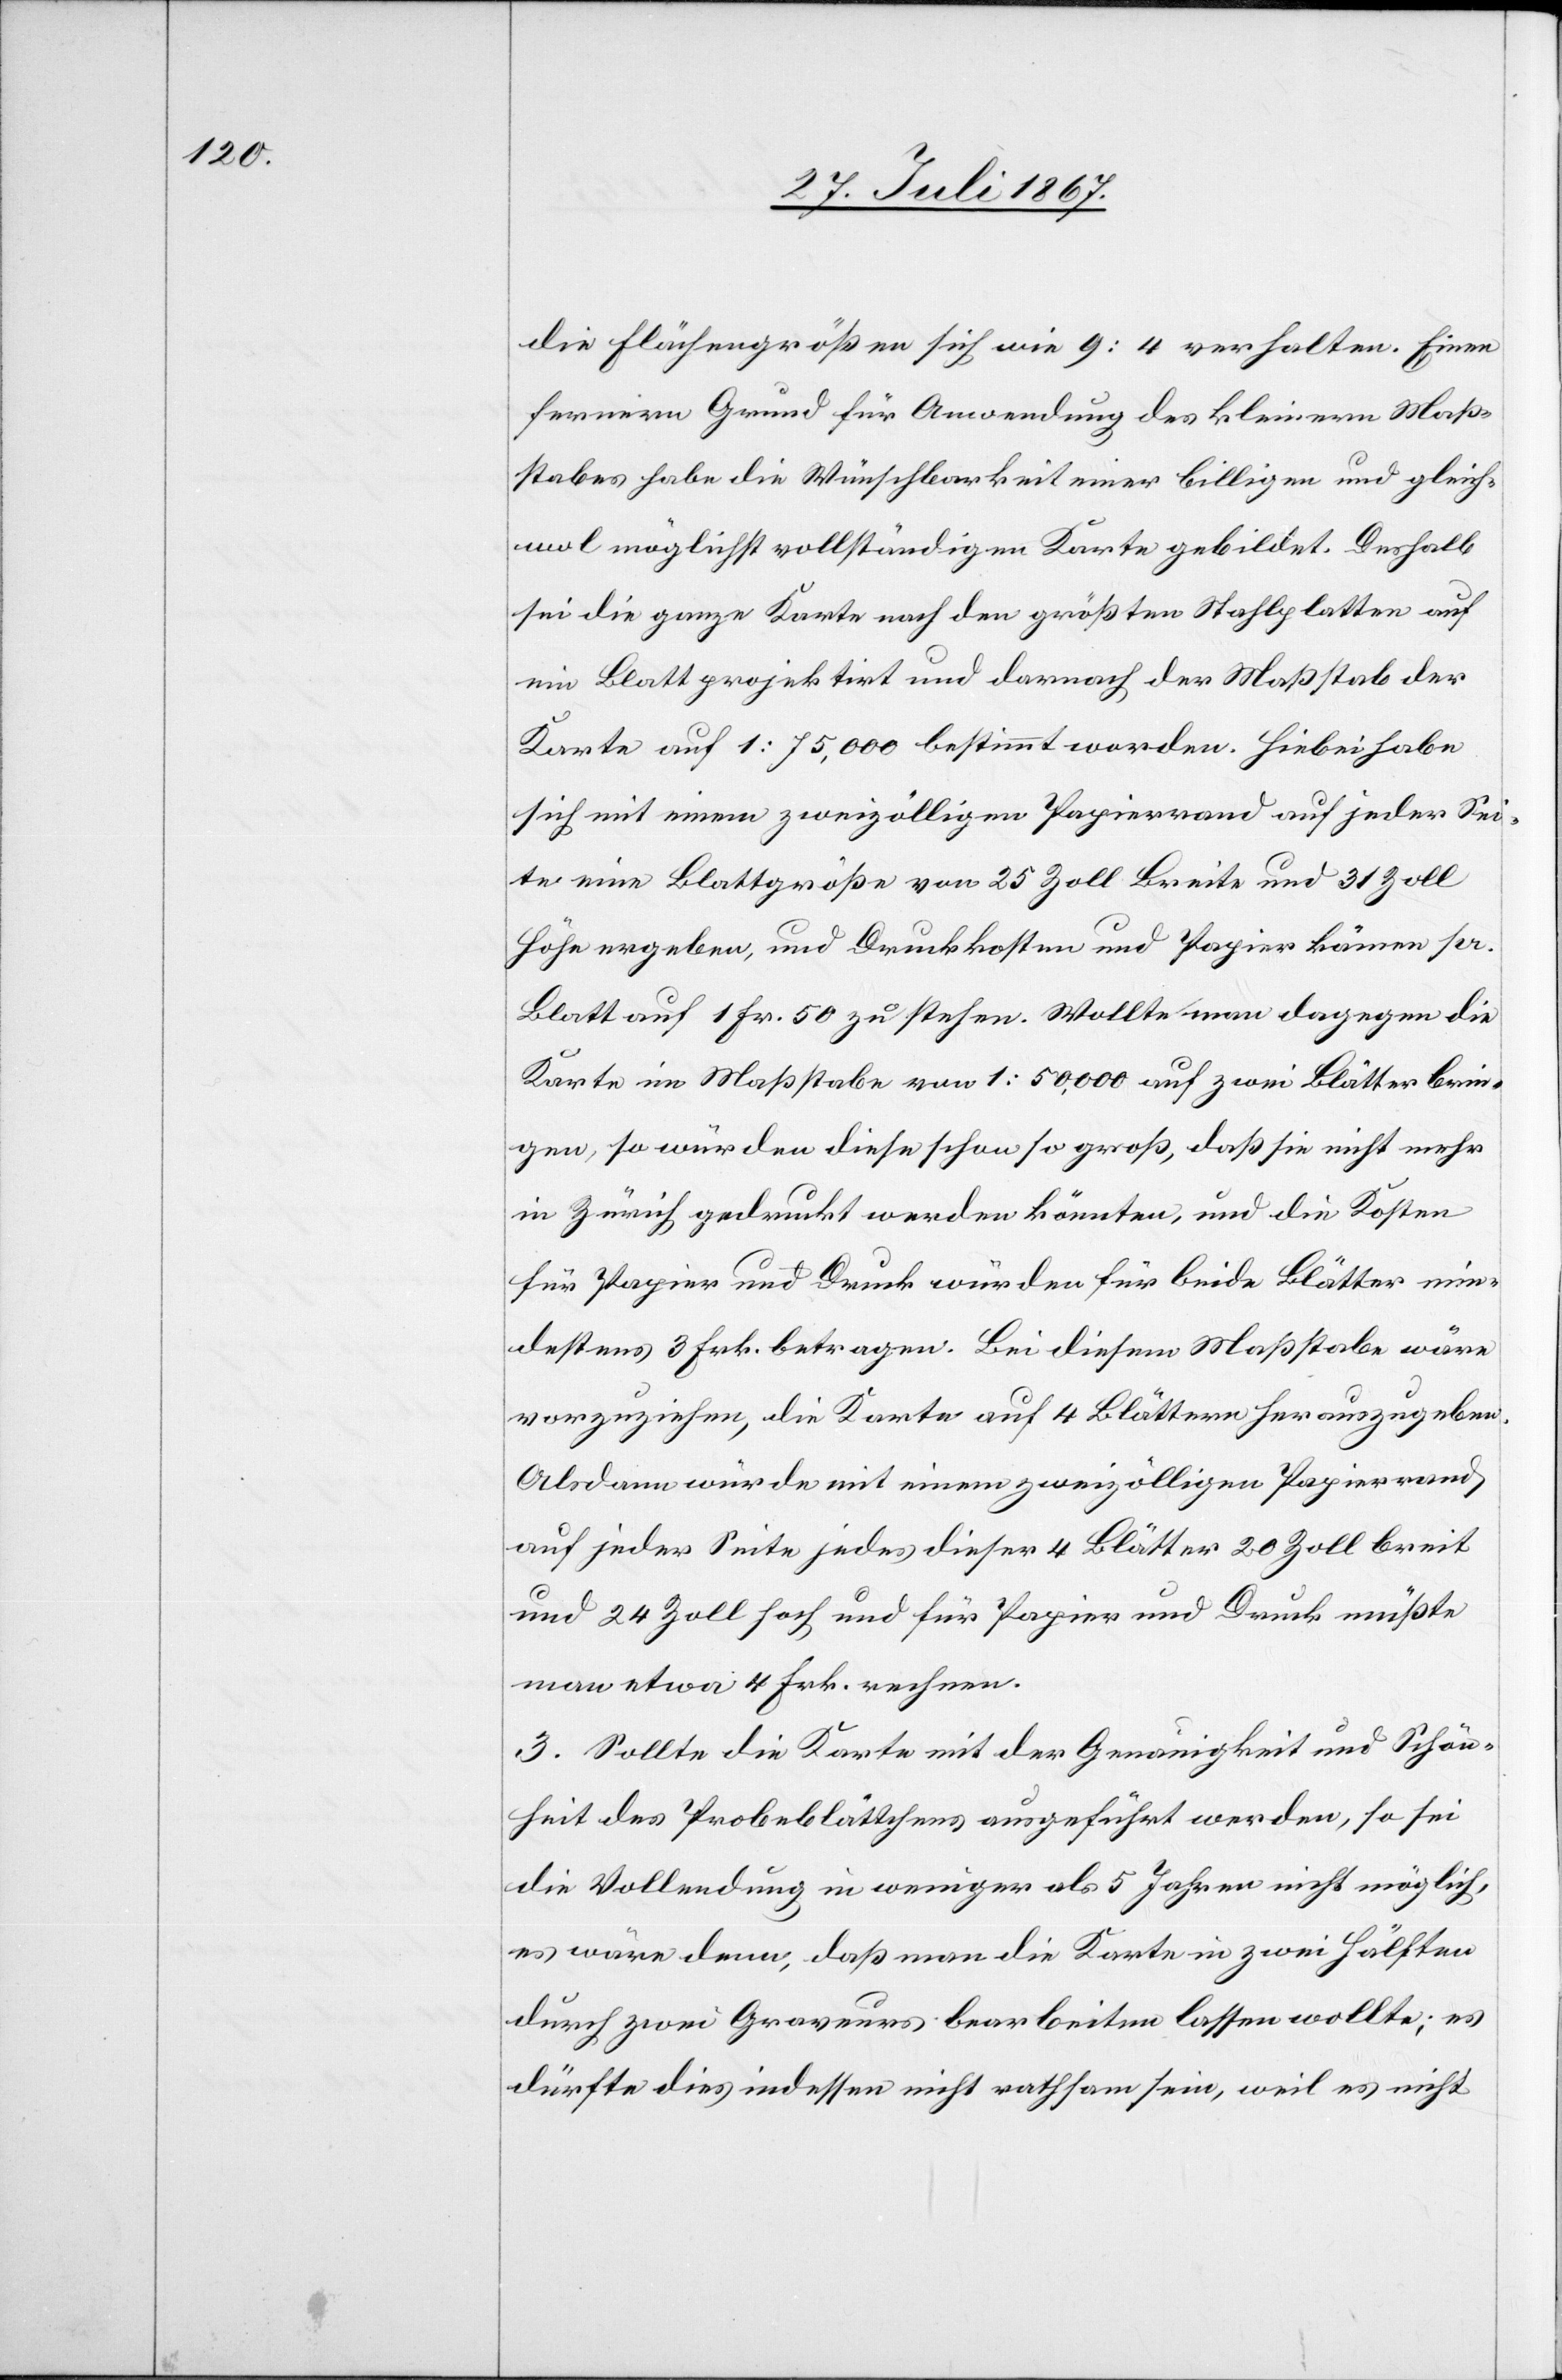
die Flächengrößen sich wie 9:4 verhalten. Einen
fernern Grund für Anwendung des kleinern Maß¬
stabes habe die Wünschbarkeit einer billigen und gleich¬
wol möglichst vollständigen Karte gebildet. Deshalb
sei die ganze Karte nach den größten Stahlplatten auf
ein Blatt projektirt und dernach der Maßstab der
Karte auf 1:75 000 bestimmt worden. Hiebei habe
sich mit einem zweizölligen Papierrand auf jeder Sei¬
te eine Blattgröße von 25 Zoll Breite und 31 Zoll
Höhe ergeben, und Druckkosten und Papier kämen pr.
Blatt auf 1 Fr. 50 zu stehen. Wollte man dagegen die
Karte im Maßstabe von 1: 50 000 auf zwei Blätter brin¬
gen, so würden diese schon so groß, daß sie nicht mehr
in Zürich gedruckt werden könnten, und die Kosten
für Papier und Druck würden für beide Blätter min¬
destens 3 Frk. betragen. Bei diesem Maßstabe wäre
vorzuziehen, die Karte auf 4 Blätter herauszugeben.
Alsdann würde mit einem zweizölligen Papierrand
auf jeder Seite jedes dieser 4 Blätter 20 Zoll breit
und 24 Zoll hoch und für Papier und Druck müßte
man etwa 4 Frk. rechnen.
3. Sollte die Karte mit der Genauigkeit und Schön¬
heit des Probeblättchens ausgeführt werden, so sei
die Vollendung in weniger als 5 Jahren nicht möglich,
es wäre denn, daß man die Karte in zwei Hälften
durch zwei Graveure bearbeiten lassen wollte; es
dürfte dies indessen nicht rathsam sein, weil es nicht